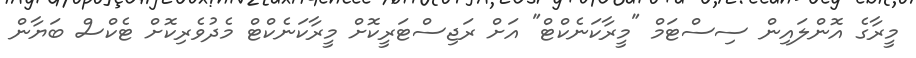
މީރާގެ އޮންލައިން ސިސްޓަމް "މީރާކަނެކްޓް" އަށް ރަޖިސްޓަރީކޮށް މީރާކަނެކްޓް މެދުވެރިކޮށް ޓެކްސް ބަޔާން